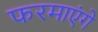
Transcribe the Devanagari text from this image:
फरमाएंगे